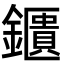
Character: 鑎